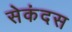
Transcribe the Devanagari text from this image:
सेकंदस